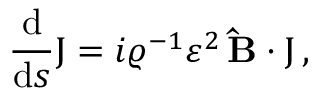
\frac { \mathrm { d } } { \mathrm { d } s } \boldsymbol { \mathrm J } = i \varrho ^ { - 1 } \varepsilon ^ { 2 } \, \mathbf { \hat { B } } \cdot \boldsymbol { \mathrm J } \, ,